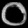
Digit: ၀